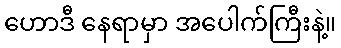
ဟောဒီ နေရာမှာ အပေါက်ကြီးနဲ့။